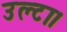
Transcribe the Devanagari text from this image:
उल्टा।